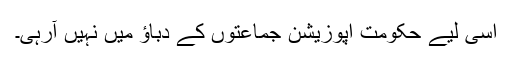
اسی لیے حکومت اپوزیشن جماعتوں کے دباؤ میں نہیں آرہی۔